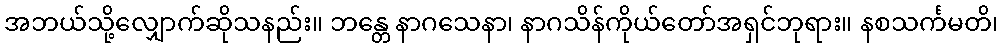
အဘယ်သို့လျှောက်ဆိုသနည်း။ ဘန္တေ နာဂသေနာ၊ နာဂသိန်ကိုယ်တော်အရှင်ဘုရား။ နစသင်္ကမတိ၊